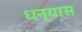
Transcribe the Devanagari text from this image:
धन्यास